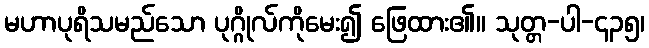
မဟာပုရိသမည်သော ပုဂ္ဂိုလ်ကိုမေး၍ ဖြေထား၏။ သုတ္တ-ပါ-၄၃၅၊